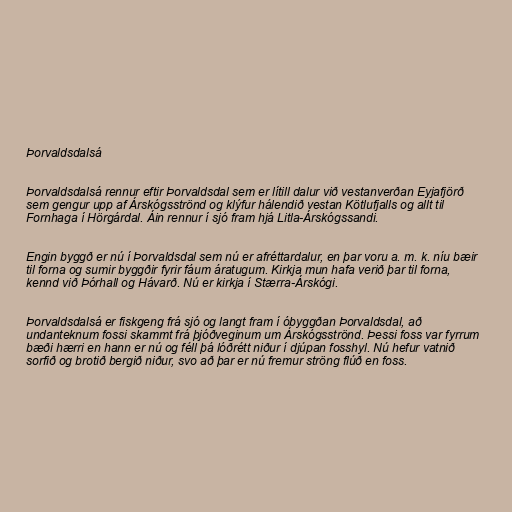
Þorvaldsdalsá

Þorvaldsdalsá rennur eftir Þorvaldsdal sem er lítill dalur við vestanverðan Eyjafjörð
sem gengur upp af Árskógsströnd og klýfur hálendið vestan Kötlufjalls og allt til
Fornhaga í Hörgárdal. Áin rennur í sjó fram hjá Litla-Árskógssandi.

Engin byggð er nú í Þorvaldsdal sem nú er afréttardalur, en þar voru a. m. k. níu bæir
til forna og sumir byggðir fyrir fáum áratugum. Kirkja mun hafa verið þar til forna,
kennd við Þórhall og Hávarð. Nú er kirkja í Stærra-Árskógi.

Þorvaldsdalsá er fiskgeng frá sjó og langt fram í óbyggðan Þorvaldsdal, að
undanteknum fossi skammt frá þjóðveginum um Árskógsströnd. Þessi foss var fyrrum
bæði hærri en hann er nú og féll þá lóðrétt niður í djúpan fosshyl. Nú hefur vatnið
sorfið og brotið bergið niður, svo að þar er nú fremur ströng flúð en foss.